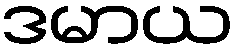
ဒမာယ